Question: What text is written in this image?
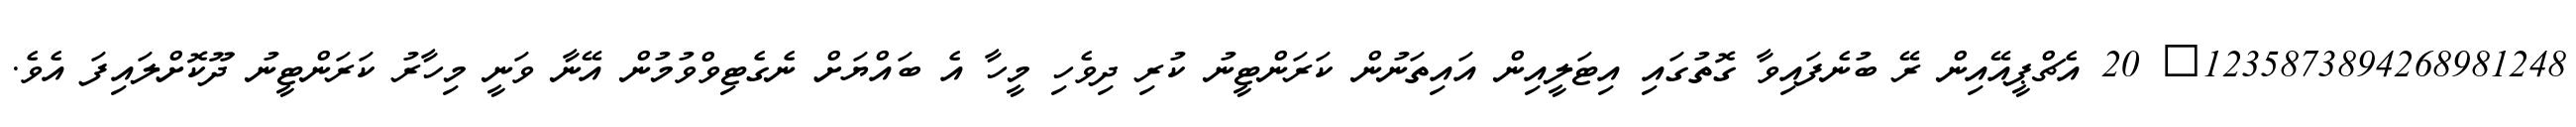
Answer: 1235873894268981248? 20 އެޗްޕީއޭއިން ރޭ ބުނެފައިވާ ގޮތުގައި އިޓަލީއިން އައިތަނުން ކަރަންޓީނު ކުރި ދިވެހި މީހާ އެ ބައްޔަށް ނެގެޓިވްވުމުން އޭނާ ވަނީ މިހާރު ކަރަންޓީނު ދޫކޮށްލައިފަ އެވެ.